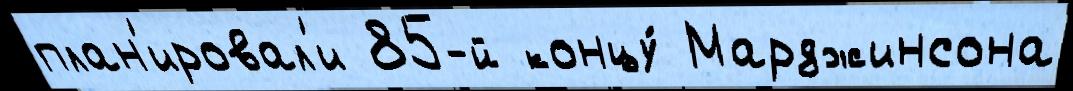
план'ировал'и 85-й концу́ Марджинсона